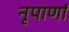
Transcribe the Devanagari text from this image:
नृपाणां